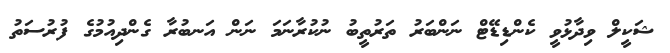
ޝަކީލް ވިދާޅުވީ ކެންޑިޑޭޓް ނަންބަރު ތަރުތީބު ނުކުރާނަމަ ނަން އަނބުރާ ގެންދިއުމުގެ ފުރުސަތު